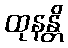
ထုနန္တိ